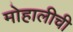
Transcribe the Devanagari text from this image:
मोहालीची